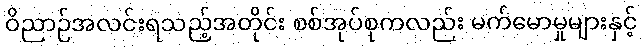
ဝိညာဉ်အလင်းရသည့်အတိုင်း စစ်အုပ်စုကလည်း မက်မောမှုများနှင့်